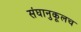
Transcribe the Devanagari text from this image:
संघानुकूलच